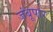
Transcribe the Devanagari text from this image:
जंबूपार